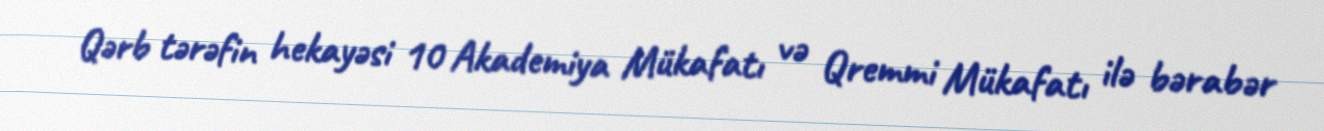
Qərb tərəfin hekayəsi 10 Akademiya Mükafatı və Qremmi Mükafatı ilə bərabər